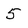
Character: 5